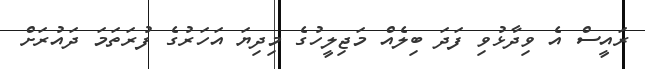
ރައީސް އެ ވިދާޅުވި ފަދަ ބިލެއް މަޖިލީހުގެ މިދިޔަ އަހަރުގެ ފުރަތަމަ ދައުރަށް